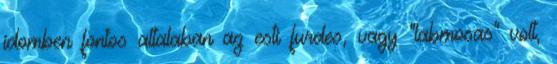
idomben fontos altalaban az esti furdes, vagy “labmosas” volt,